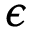
\epsilon